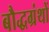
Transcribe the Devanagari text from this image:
बौद्धग्रंथों